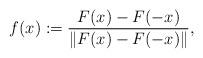
LaTeX: \begin{align*}{f}(x):=\frac{F(x)-F(-x)}{\|F(x)-F(-x)\|},\end{align*}